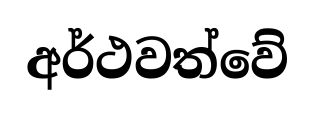
අර්ථවත්වේ